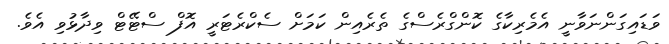
ވަޑައިގަންނަވާނީ އެމެރިކާގެ ކޮންގްރެސްގެ ތެރެއިން ކަމަށް ސެކްރެޓަރީ އޮފް ސްޓޭޓް ވިދާޅުވި އެވެ.